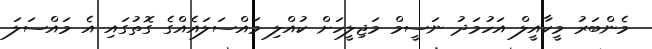
މެންބަރު މީކާއީލް އަހުމަދު ނަސީމް މަޖިލީހަށް ކުއްލި މައްސަލައެއްގެ ގޮތުގައި އެ މައްސަލަ